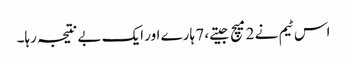
اس ٹیم نے 2 میچ جیتے، 7 ہارے اور ایک بے نتیجہ رہا۔